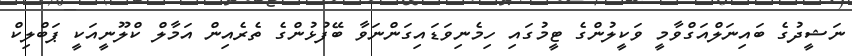
ނަޝީދުގެ ބައިނަލްއަގްވާމީ ވަކީލުންގެ ޓީމުގައި ހިމެނިވަޑައިގަންނަވާ ބޭފުޅުންގެ ތެރެއިން އަމާލް ކްލޫނީއަކީ ޕަބްލިކް